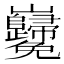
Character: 𡿢